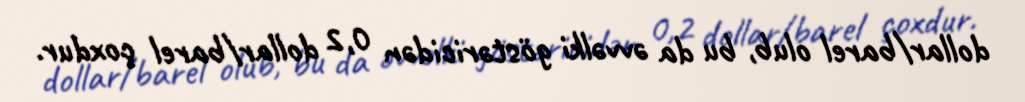
dollar/barel olub, bu da əvvəlki göstəricidən 0,2 dollar/barel çoxdur.